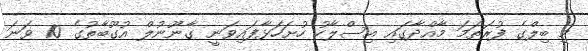
މި ބިލްގެ ފުރަތަމަ މާއްދާގައި އިސްލާހު ހުށަހަޅާފައިވަނީ ގާނޫނުލް އުގޫބާތުގެ 10 ވަނަ